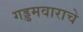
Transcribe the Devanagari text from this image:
गड्डमवाराचे